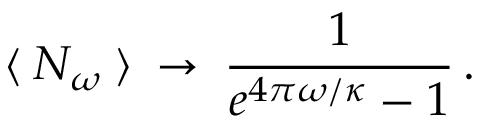
\: \langle \: N _ { \omega } \: \rangle \: \rightarrow \: \frac { 1 } { e ^ { 4 \pi \omega / \kappa } - 1 } \, . \: